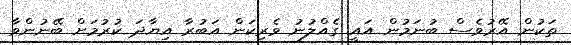
ތަކުން އޭރުވެސް ބުނަމުން އައީ ގެއްލުނު ވެރިކަން އަބުރާ އިޔާދަ ކުރުމަށް ބޭނުންވާ